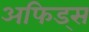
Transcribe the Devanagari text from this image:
अफिड्स